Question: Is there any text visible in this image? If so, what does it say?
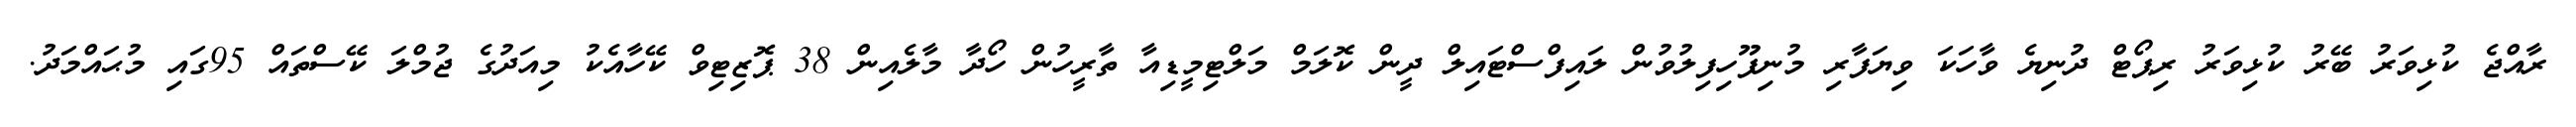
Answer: ރާއްޖެ ކުޅިވަރު ބޭރު ކުޅިވަރު ރިޕޯޓް ދުނިޔެ ވާހަކަ ވިޔަފާރި މުނިފޫހިފިލުވުން ލައިފްސްޓައިލް ދީން ކޮލަމް މަލްޓިމީޑިއާ ތާރީހުން ހޯދާ މާލެއިން 38 ޕޮޒިޓިވް ކޭހާއެކު މިއަދުގެ ޖުމްލަ ކޭސްތައް 95ގައި މުޙައްމަދު.